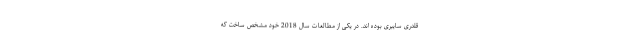
قلدری سایبری بوده اند. در یکی از مطالعات سال 2018 خود مشخص ساخت که